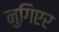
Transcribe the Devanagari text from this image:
नुगिएर